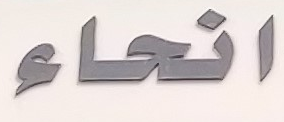
انحاء